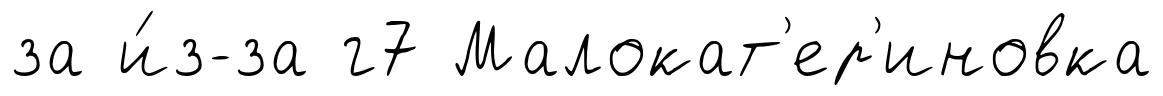
за и́з-за г7 Малокат'ер'иновка